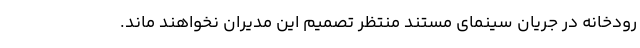
رودخانه در جریان سینمای مستند منتظر تصمیم این مدیران نخواهند ماند.